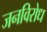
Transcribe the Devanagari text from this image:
जनविरोध